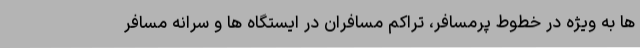
ها به ویژه در خطوط پرمسافر، تراکم مسافران در ایستگاه ها و سرانه مسافر